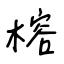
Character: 榕